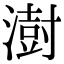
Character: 澍